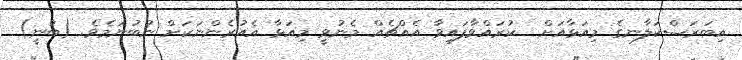
އިބަރަސްކަލާނގެ މިއަޅާއަށް  ކުރައްވާފައިވާ އެއްޗެއް މެނުވީ މިއަޅާ އެއުރެންނަކަށް ނުބުނަމެވެ. (ބުނީ)